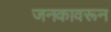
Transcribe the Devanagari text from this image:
जनकावरून